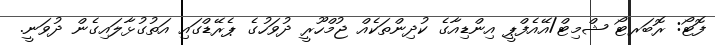
ފޮޓޯ: ރޮބަރޓޯ ޝްމިޓް/އޭއެފްޕީ އިންޑިއާގެ ކުދިންތަކެއް ޖުމްހޫރީ ދުވަހުގެ ޕެރޭޑްގައި އަތުގުޅާލައިގެން ދުވަނީ.